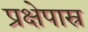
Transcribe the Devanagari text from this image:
प्रक्षेपास्र